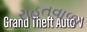
રાહતવાળા